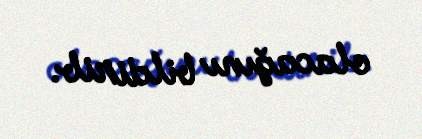
olacağını bildirib.